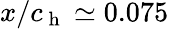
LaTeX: x/c_{\mathrm{~h~}}\simeq 0.075